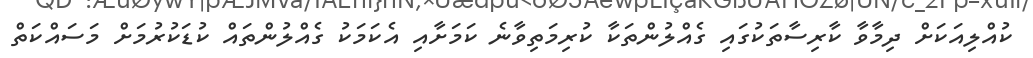
ކުއްލިއަކަށް ދިމާވާ ކާރިސާތަކުގައި ގެއްލުންތަކާ ކުރިމަތިވާނެ ކަމަށާއި އެކަމަކު ގެއްލުންތައް ކުޑަކުރުމަށް މަސަައްކަތް